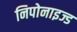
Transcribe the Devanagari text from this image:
निपोनाइज्ड